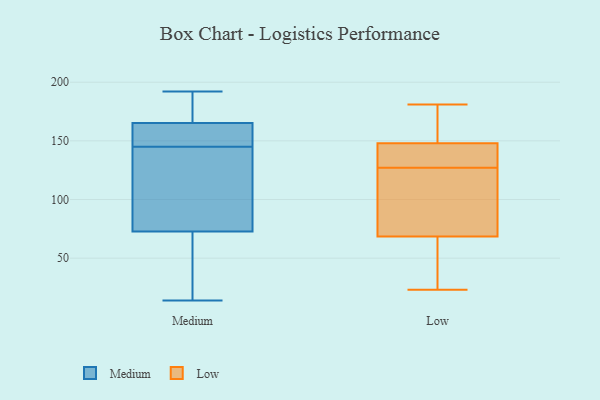
{"axis": {"x": "Budget (USD K)", "y": "Value"}, "legend": ["Low", "Medium"], "data": [{"x": "", "y": 124, "type": "Medium"}, {"x": "", "y": 36, "type": "Medium"}, {"x": "", "y": 111, "type": "Medium"}, {"x": "", "y": 60, "type": "Medium"}, {"x": "", "y": 151, "type": "Medium"}, {"x": "", "y": 174, "type": "Medium"}, {"x": "", "y": 145, "type": "Medium"}, {"x": "", "y": 150, "type": "Medium"}, {"x": "", "y": 14, "type": "Medium"}, {"x": "", "y": 192, "type": "Medium"}, {"x": "", "y": 170, "type": "Medium"}, {"x": "", "y": 71, "type": "Low"}, {"x": "", "y": 138, "type": "Low"}, {"x": "", "y": 137, "type": "Low"}, {"x": "", "y": 181, "type": "Low"}, {"x": "", "y": 41, "type": "Low"}, {"x": "", "y": 56, "type": "Low"}, {"x": "", "y": 151, "type": "Low"}, {"x": "", "y": 140, "type": "Low"}, {"x": "", "y": 66, "type": "Low"}, {"x": "", "y": 57, "type": "Low"}, {"x": "", "y": 117, "type": "Low"}, {"x": "", "y": 23, "type": "Low"}, {"x": "", "y": 178, "type": "Low"}, {"x": "", "y": 155, "type": "Low"}, {"x": "", "y": 140, "type": "Low"}, {"x": "", "y": 95, "type": "Low"}, {"x": "", "y": 168, "type": "Low"}, {"x": "", "y": 99, "type": "Low"}, {"x": "", "y": 77, "type": "Low"}, {"x": "", "y": 145, "type": "Low"}]}